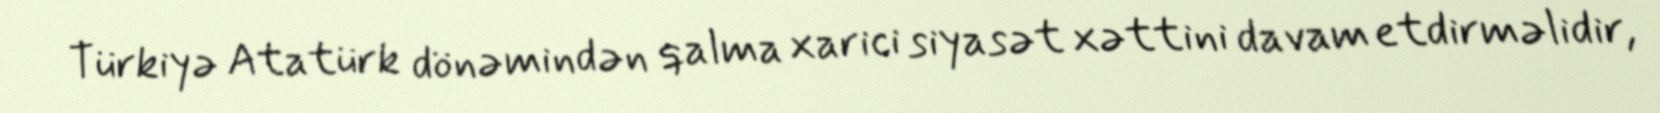
Türkiyə Atatürk dönəmindən qalma xarici siyasət xəttini davam etdirməlidir,